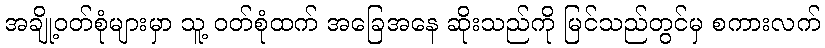
အချို့ဝတ်စုံများမှာ သူ့ ဝတ်စုံထက် အခြေအနေ ဆိုးသည်ကို မြင်သည်တွင်မှ စကားလက်